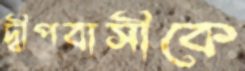
দ্বীপবাসীকে